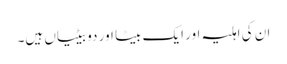
ان کی اہلیہ اور ایک بیٹا اور دو بیٹیاں ہیں۔